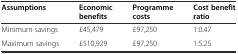
| Assumptions | Economic benefits | Programme costs | Cost benefit ratio |
 | --- | --- | --- | --- |
 | Minimum savings | £45,479 | £97,250 | 1:0.47 |
 | Maximum savings | £510,929 | £97,250 | 1:5.25 |